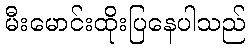
မီးမောင်းထိုးပြနေပါသည်